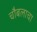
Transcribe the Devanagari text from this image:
चौबलाचा